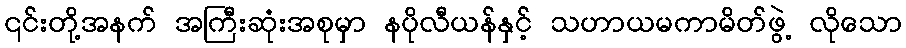
၎င်းတို့အနက် အကြီးဆုံးအစုမှာ နပိုလီယန်နှင့် သဟာယမကာမိတ်ဖွဲ့ လိုသော